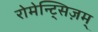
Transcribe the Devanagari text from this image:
रोमेन्ट्सिज़म्